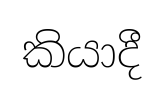
කියාදී